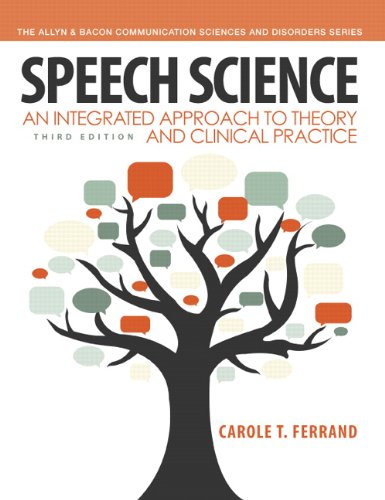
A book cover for Speech Science: An Integrated Approach to Theory and Clinical Practice (3rd Edition) (Allyn & Bacon Communication Sciences and Disorders); Carole T. Ferrand; Medical Books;